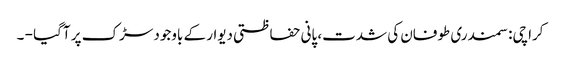
کراچی: سمندری طوفان کی شدت، پانی حفاظتی دیوار کے باوجود سڑک پر آگیا - ۔